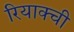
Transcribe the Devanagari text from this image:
रियाक्ची